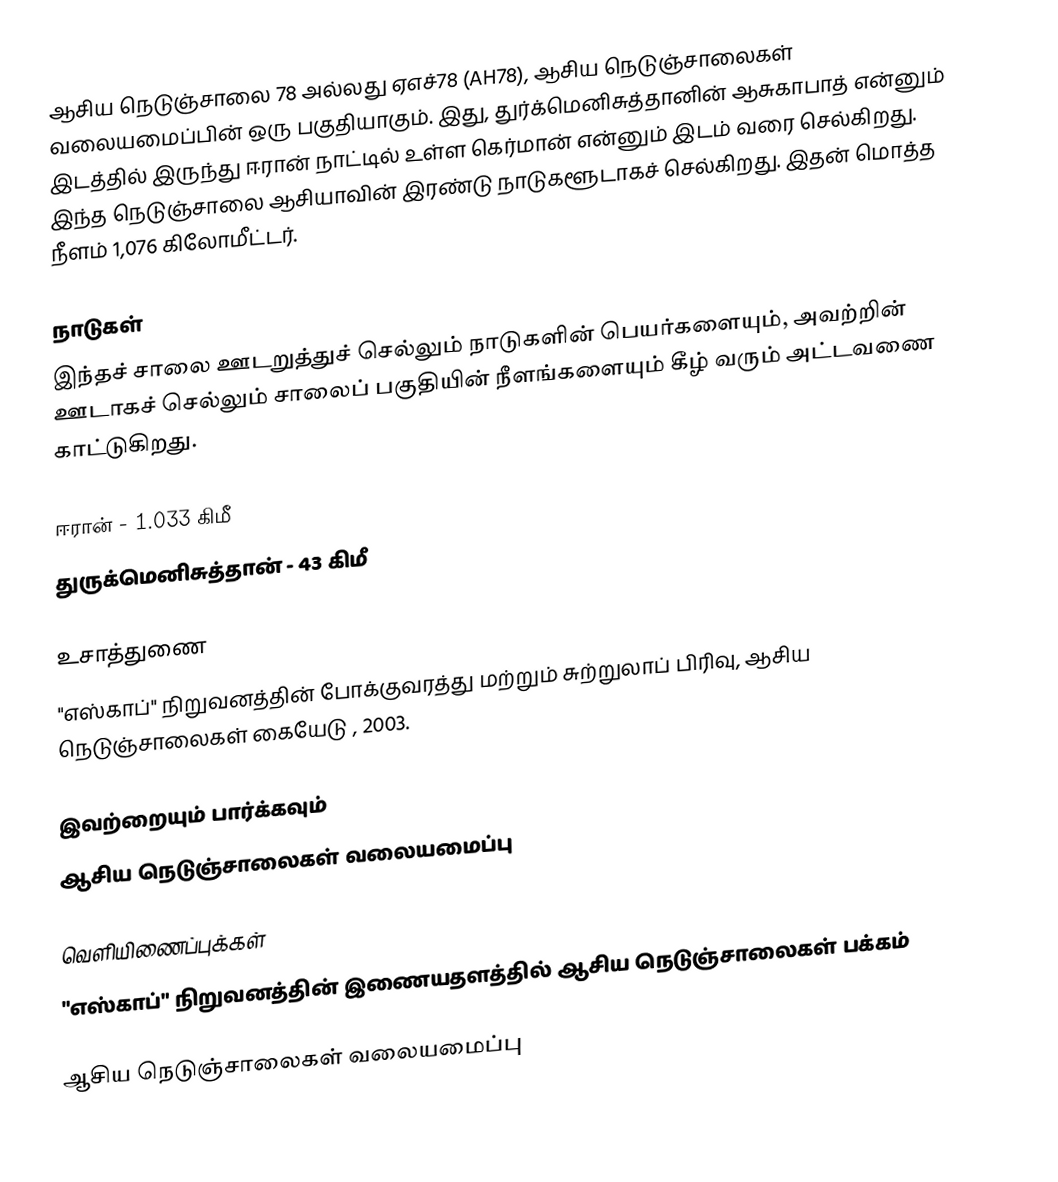
ஆசிய நெடுஞ்சாலை 78 அல்லது ஏஎச்78 (AH78), ஆசிய நெடுஞ்சாலைகள் வலையமைப்பின் ஒரு பகுதியாகும். இது, துர்க்மெனிசுத்தானின் ஆசுகாபாத் என்னும் இடத்தில் இருந்து ஈரான் நாட்டில் உள்ள கெர்மான் என்னும் இடம் வரை செல்கிறது. இந்த நெடுஞ்சாலை ஆசியாவின் இரண்டு நாடுகளூடாகச் செல்கிறது. இதன் மொத்த நீளம் 1,076 கிலோமீட்டர்.

நாடுகள்
இந்தச் சாலை ஊடறுத்துச் செல்லும் நாடுகளின் பெயர்களையும், அவற்றின் ஊடாகச் செல்லும் சாலைப் பகுதியின் நீளங்களையும் கீழ் வரும் அட்டவணை காட்டுகிறது.

 ஈரான் - 1.033 கிமீ
 துருக்மெனிசுத்தான் - 43 கிமீ

உசாத்துணை
 "எஸ்காப்" நிறுவனத்தின் போக்குவரத்து மற்றும் சுற்றுலாப் பிரிவு, ஆசிய நெடுஞ்சாலைகள் கையேடு , 2003.

இவற்றையும் பார்க்கவும்
 ஆசிய நெடுஞ்சாலைகள் வலையமைப்பு

வெளியிணைப்புக்கள்
 "எஸ்காப்" நிறுவனத்தின் இணையதளத்தில் ஆசிய நெடுஞ்சாலைகள் பக்கம்

 ஆசிய நெடுஞ்சாலைகள் வலையமைப்பு